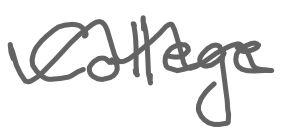
Text: College
Cross-out: wave
Writing tool: digital_gray